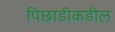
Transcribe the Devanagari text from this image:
पिछाडीकडील